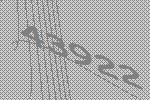
43922